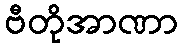
ဗီတိုအာဏာ